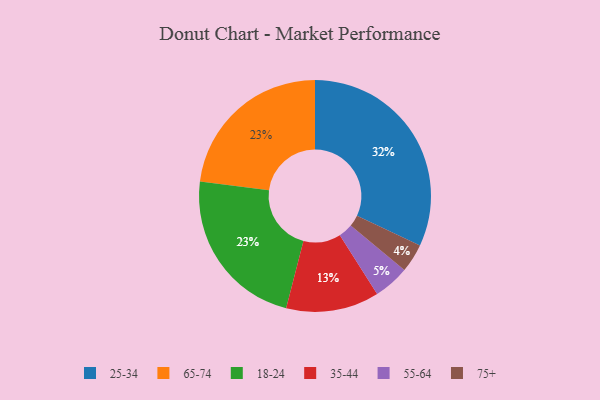
{"axis": {"x": "Category", "y": "Percentage"}, "legend": ["18-24", "25-34", "35-44", "55-64", "65-74", "75+"], "data": [{"x": "65-74", "y": 23, "type": "65-74"}, {"x": "55-64", "y": 5, "type": "55-64"}, {"x": "25-34", "y": 32, "type": "25-34"}, {"x": "75+", "y": 4, "type": "75+"}, {"x": "18-24", "y": 23, "type": "18-24"}, {"x": "35-44", "y": 13, "type": "35-44"}]}